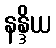
နန္ဒိယ